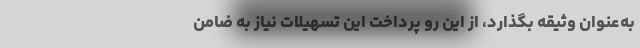
به‌عنوان وثیقه بگذارد، از این رو پرداخت این تسهیلات نیاز به ضامن